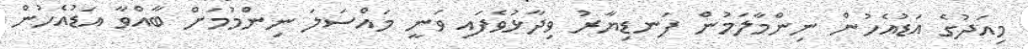
މިއަދުގެ އަޑުއެހުން ނިންމާލަމުން ފަނޑިޔާރު ވިދާޅުވެފައި ވަނީ މައްސަލަ ނިންމުމަށް ބާއްވާ އަޑުއެހުން